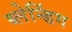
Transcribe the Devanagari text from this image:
ब्लेन्डिंग